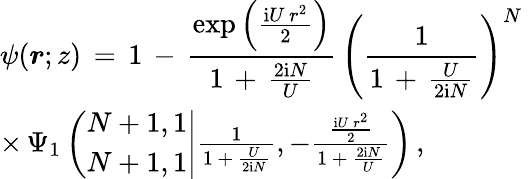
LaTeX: \begin{array}{l}{\displaystyle\psi(\boldsymbol{r};z)\, =\, 1\, -\, \frac{\exp\left(\frac{\mathrm{i}U\, r^{2}}2\right)}{1\, +\, \frac{2\mathrm{i}N}U}\, \left(\frac 1{1\, +\, \frac U{2\mathrm{i}N}}\right)^{N}\, }\\ {\times\, \Psi_{1}\left(\left.\begin{array}{l}{N+1,1}\\ {N+1,1}\end{array}\right|\frac 1{1\, +\, \frac U{2\mathrm{i}N}},-\frac{\frac{\mathrm{i}U\, r^{2}}2}{1\, +\, \frac{2\mathrm{i}N}U}\right)\, ,}\end{array}